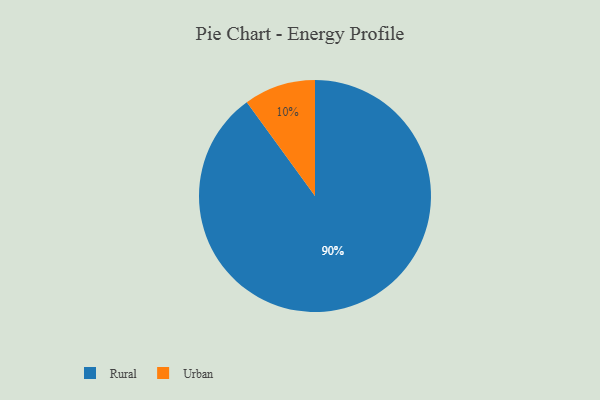
{"axis": {"x": "Category", "y": "Percentage"}, "legend": ["Rural", "Urban"], "data": [{"x": "Rural", "y": 90, "type": "Rural"}, {"x": "Urban", "y": 10, "type": "Urban"}]}